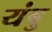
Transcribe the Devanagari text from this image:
यंबु